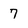
Character: 7